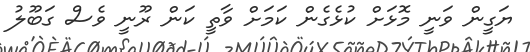
ޔަގީން ވަނީ މޮޅަށް ކުޅެގެން ކަމަށް ވާތީ ކަން ރޫނީ ވެސް ގަބޫލު